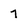
Character: 7